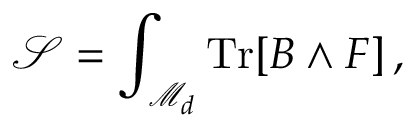
\mathcal { S } = \int _ { \mathcal { M } _ { d } } \mathrm { T r } [ B \wedge F ] \, ,